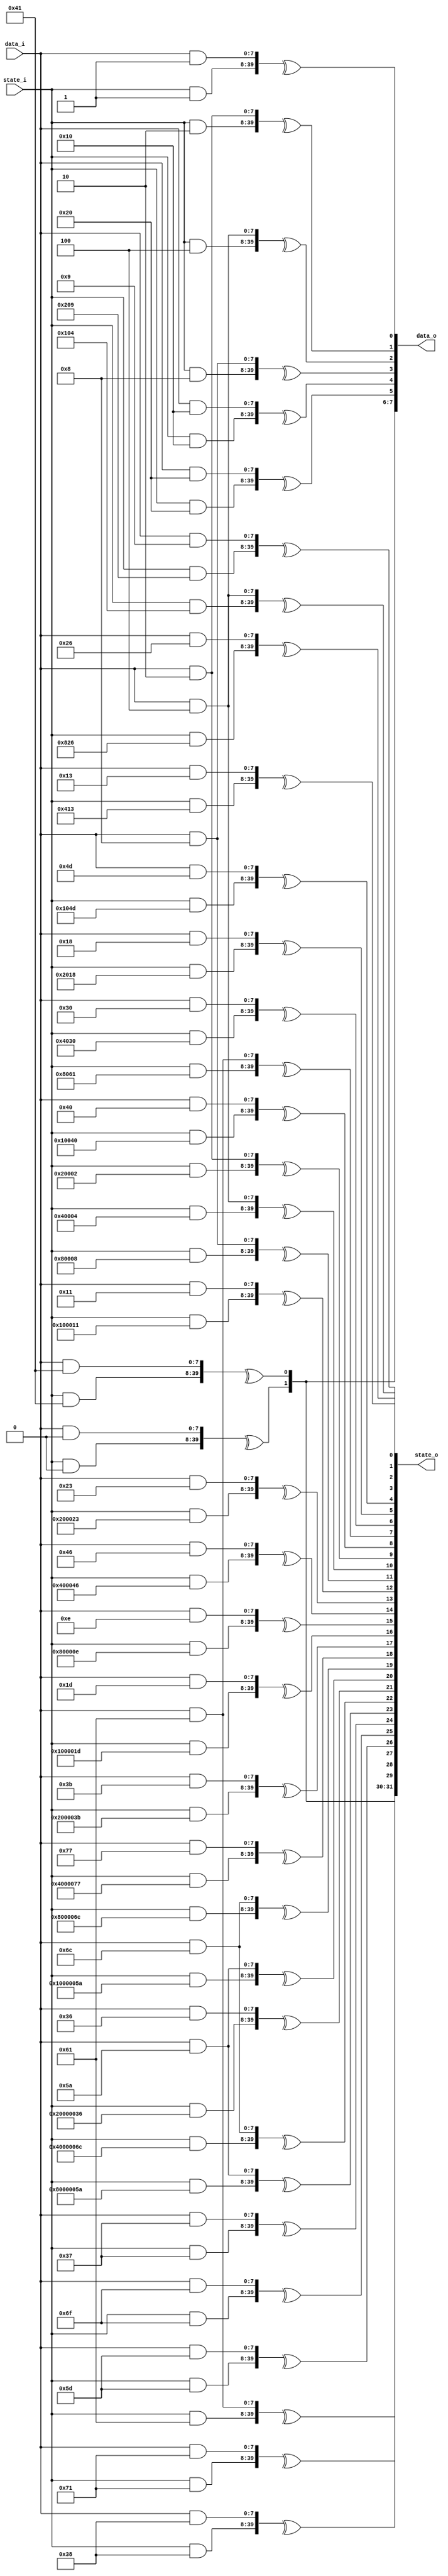
`timescale 1ns/1ps

//Galois LFSR for CRC32
module lfsr#(
           parameter BITWIDTH = 8,
           parameter LFSR_WIDTH = 32,
           parameter LFSR_POLY = 32'h04C11DB7,
           parameter LFSR_REVERSE = 1
       )(
           input wire [BITWIDTH - 1: 0] data_i,
           input wire [LFSR_WIDTH - 1: 0] state_i,
           output wire [BITWIDTH - 1: 0] data_o,
           output wire [LFSR_WIDTH - 1: 0] state_o
       );

reg [LFSR_WIDTH - 1: 0] lfsr_mask_state [LFSR_WIDTH - 1: 0];
reg [BITWIDTH - 1: 0] lfsr_mask_data [LFSR_WIDTH - 1: 0];

reg [LFSR_WIDTH - 1: 0] output_mask_state [BITWIDTH - 1: 0];
reg [BITWIDTH - 1: 0] output_mask_data [BITWIDTH - 1: 0];

reg [LFSR_WIDTH - 1: 0] state_val = 0;
reg [BITWIDTH - 1: 0] data_val = 0;

integer i, j, k;
initial begin
    // init bit masks
    for (i = 0; i < LFSR_WIDTH; i = i + 1) begin
        lfsr_mask_state[i] = {LFSR_WIDTH{1'b0}};
        lfsr_mask_state[i][i] = 1'b1;
        lfsr_mask_data[i] = {BITWIDTH{1'b0}};
    end
    for (i = 0; i < BITWIDTH; i = i + 1) begin
        output_mask_state[i] = {LFSR_WIDTH{1'b0}};
        if (i < LFSR_WIDTH) begin
            output_mask_state[i][i] = 1'b1;
        end
        output_mask_data[i] = {BITWIDTH{1'b0}};
    end

    // Galois configuration
    for (i = BITWIDTH - 1; i >= 0; i = i - 1) begin
        // determine shift in value
        // current value in last FF, XOR with input data bit (MSB first)
        state_val = lfsr_mask_state[LFSR_WIDTH - 1];
        data_val = lfsr_mask_data[LFSR_WIDTH - 1];
        data_val = data_val ^ (1 << i);

        // shift
        for (j = LFSR_WIDTH - 1; j > 0; j = j - 1) begin
            lfsr_mask_state[j] = lfsr_mask_state[j - 1];
            lfsr_mask_data[j] = lfsr_mask_data[j - 1];
        end
        for (j = BITWIDTH - 1; j > 0; j = j - 1) begin
            output_mask_state[j] = output_mask_state[j - 1];
            output_mask_data[j] = output_mask_data[j - 1];
        end

        output_mask_state[0] = state_val;
        output_mask_data[0] = data_val;
        lfsr_mask_state[0] = state_val;
        lfsr_mask_data[0] = data_val;

        // add XOR inputs at correct indicies
        for (j = 1; j < LFSR_WIDTH; j = j + 1) begin
            if (LFSR_POLY & (1 << j)) begin
                lfsr_mask_state[j] = lfsr_mask_state[j] ^ state_val;
                lfsr_mask_data[j] = lfsr_mask_data[j] ^ data_val;
            end
        end
    end

    // reverse bits if selected
    if (LFSR_REVERSE) begin
        // reverse order
        for (i = 0; i < LFSR_WIDTH / 2; i = i + 1) begin
            state_val = lfsr_mask_state[i];
            data_val = lfsr_mask_data[i];
            lfsr_mask_state[i] = lfsr_mask_state[LFSR_WIDTH - i - 1];
            lfsr_mask_data[i] = lfsr_mask_data[LFSR_WIDTH - i - 1];
            lfsr_mask_state[LFSR_WIDTH - i - 1] = state_val;
            lfsr_mask_data[LFSR_WIDTH - i - 1] = data_val;
        end
        for (i = 0; i < BITWIDTH / 2; i = i + 1) begin
            state_val = output_mask_state[i];
            data_val = output_mask_data[i];
            output_mask_state[i] = output_mask_state[BITWIDTH - i - 1];
            output_mask_data[i] = output_mask_data[BITWIDTH - i - 1];
            output_mask_state[BITWIDTH - i - 1] = state_val;
            output_mask_data[BITWIDTH - i - 1] = data_val;
        end

        // reverse bits
        for (i = 0; i < LFSR_WIDTH; i = i + 1) begin
            state_val = 0;
            for (j = 0; j < LFSR_WIDTH; j = j + 1) begin
                state_val[j] = lfsr_mask_state[i][LFSR_WIDTH - j - 1];
            end
            lfsr_mask_state[i] = state_val;

            data_val = 0;
            for (j = 0; j < BITWIDTH; j = j + 1) begin
                data_val[j] = lfsr_mask_data[i][BITWIDTH - j - 1];
            end
            lfsr_mask_data[i] = data_val;
        end
        for (i = 0; i < BITWIDTH; i = i + 1) begin
            state_val = 0;
            for (j = 0; j < LFSR_WIDTH; j = j + 1) begin
                state_val[j] = output_mask_state[i][LFSR_WIDTH - j - 1];
            end
            output_mask_state[i] = state_val;

            data_val = 0;
            for (j = 0; j < BITWIDTH; j = j + 1) begin
                data_val[j] = output_mask_data[i][BITWIDTH - j - 1];
            end
            output_mask_data[i] = data_val;
        end
    end
end

genvar n;
generate
    for (n = 0; n < LFSR_WIDTH; n = n + 1) begin : loop1
        assign state_o[n] = ^ {(state_i & lfsr_mask_state[n]), (data_i & lfsr_mask_data[n])};
    end
    for (n = 0; n < BITWIDTH; n = n + 1) begin : loop2
        assign data_o[n] = ^ {(state_i & output_mask_state[n]), (data_i & output_mask_data[n])};
    end
endgenerate

endmodule